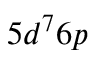
5 d ^ { 7 } 6 p